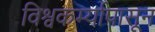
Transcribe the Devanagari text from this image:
विश्वकर्म्यापासून